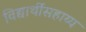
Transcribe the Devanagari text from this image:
विद्यार्थीसहाय्य